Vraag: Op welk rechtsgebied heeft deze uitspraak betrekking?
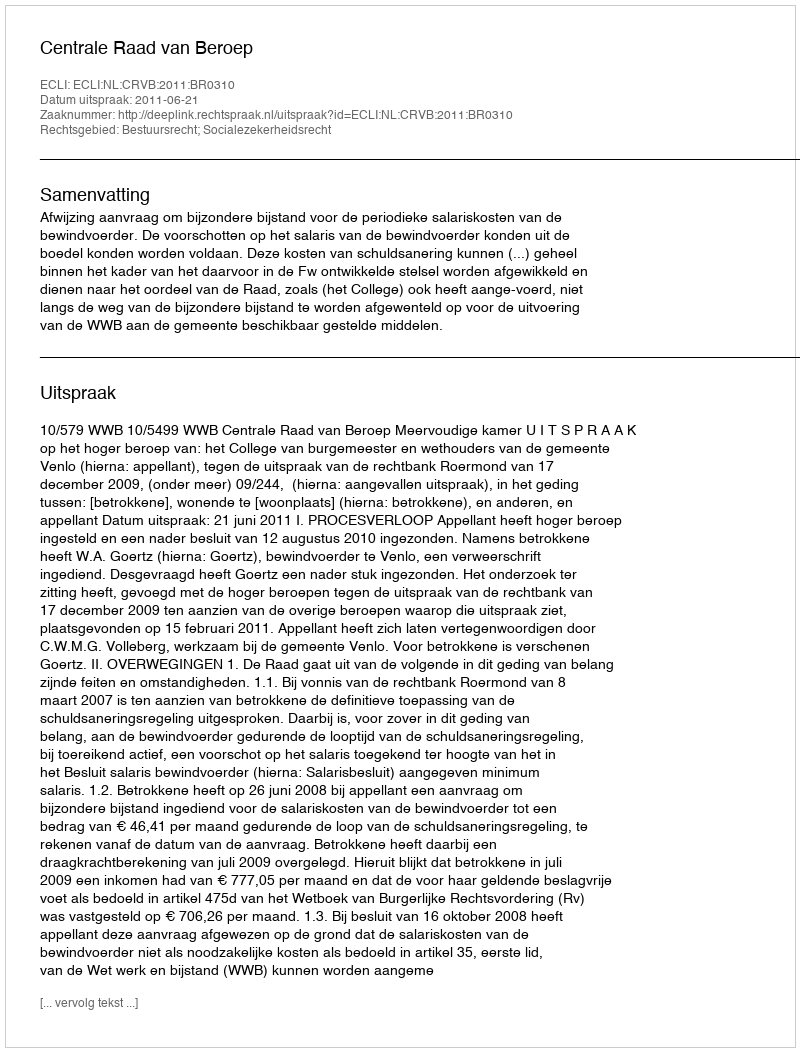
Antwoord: Bestuursrecht; Socialezekerheidsrecht